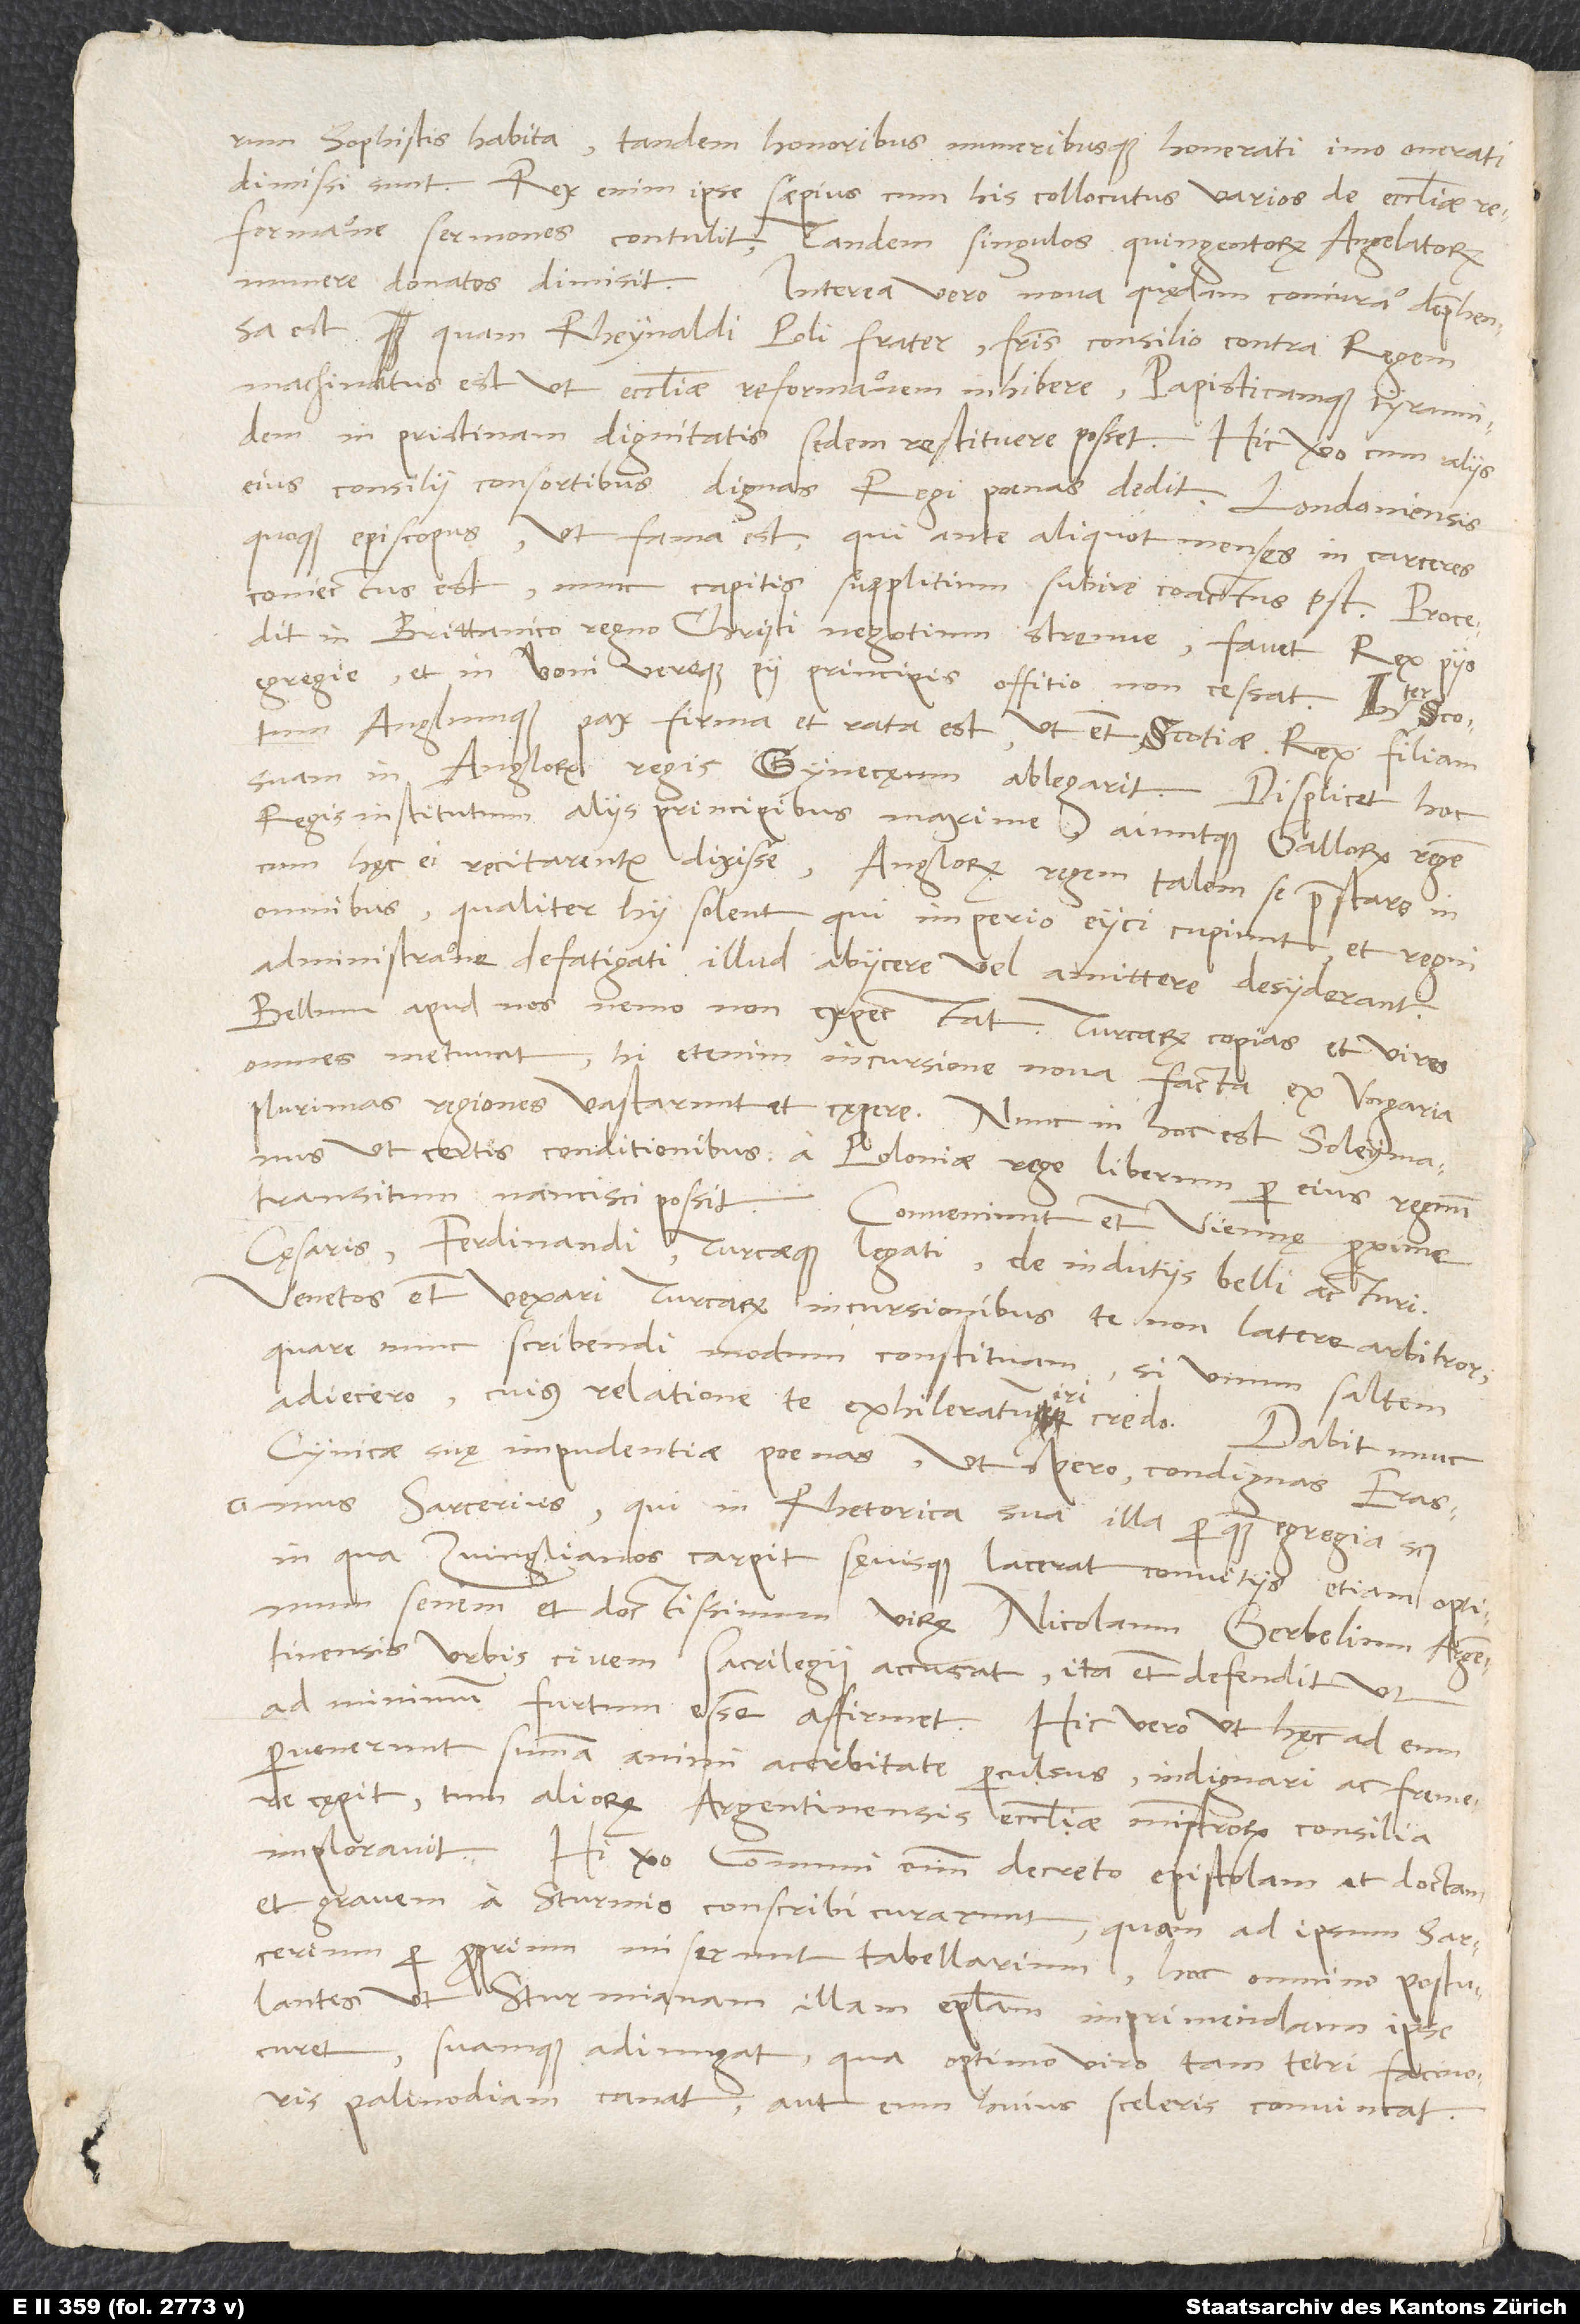
sophistis habita tandem honoribus muneribusque honerati, imo onerati
dimissi sunt. Rex enim ipse saepius cum his collocutus varios de ecclesiae
reformatione sermones contulit, tandem singulos quingentorum angelatorum
munere donatos dimisit.
Interea vero nova quędam coniuratio deprehensa
est, quam Rheynaldi Poli frater fratris consilio contra regem
machinatus est, ut ecclesiae reformationem inhibere papisticamque tyrannidem
in pristinam dignitatis sedem restituere posset. Hic vero cum aliis
eius consilii consortibus dignas regi poenas dedit. Londoniensis
quoque episcopus, ut fama est, qui ante aliquot menses in carceres
coniectus est, nunc capitis supplitium subire coactus est. Procedit
in Brittanico regno Christi negotium strenue, favet rex piis
egregie et in boni vereque pii principis offitio non cessat. Inter Scotum
Anglumque pax firma et rata est, ut etiam Scotiae rex filiam
regis institutum aliis principibus maxime aiuntque Gallorum regem,
cum hęc ei recitarentur, dixisse Anglorum regem talem se praestare in
omnibus, qualiter hii solent, qui imperio eiici cupiunt et regni
administratione defatigati illud abiicere vel amittere desyderant.
Bellum apud nos nemo non expectat. Turcarum copias et vires
omnes metuunt; hi etenim incursione nova facta ex Ungaria
plurimas regiones vastarunt et cępere. Nunc in hoc est Soleymanus,
ut certis conditionibus a Poloniae rege liberum per eius regnum
transitum nancisci possit. Conveniunt etiam Viennę proxime
cęsaris, Ferdinandi Turcaeque legati de indutiis belli acturi.
Venetos etiam vexari Turcarum incursionibus te non latere arbitror.
Quare nunc scribendi modum constituam, si unum saltem
adiecero, cuius relatione te exhileratum iri credo.
cynicae suę impudentiae poenas, ut spero, condignas Erasmus
Sarcerius, qui in Rhetorica sua illa perquam egregia scilicet,
in qua Zvinglianos carpit sęvisque lacerat convitiis, etiam optimum
senem et doctissimum virum Nicolaum Gerbelium, Argentinensis
urbis civem, sacrilegii accusat, ita etiam defendit, ut
ad minimum furtum esse affirmet. Hic vero, ut hęc ad eum
pervenerunt, summa animi acerbitate perculsus indignari ac fremere
cępit, tum aliorum Argentinensis ecclesiae ministrorum consilia
imploravit. Hi vero communi omnium decreto epistolam et doctam
et gravem a Sturmio conscribi curarunt, quam ad ipsum Sarcerium
per proprium miserunt tabellarium hoc omnino postulantes,
ut Sturmianam illam epistolam imprimendam ipse
curet suamque adiungat, qua optimo viro tam tetri facinoris
palinodiam canat aut eum huius sceleris convincat.